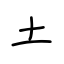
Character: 土